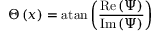
\Theta \left( x \right) = \mathrm { a t a n } \left( \frac { \mathrm { R e } \left( \Psi \right) } { \mathrm { I m } \left( \Psi \right) } \right)